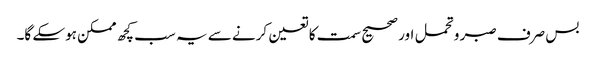
بس صرف صبر و تحمل اور صحیح سمت کا تعین کرنے سے یہ سب کچھ ممکن ہوسکے گا۔